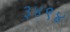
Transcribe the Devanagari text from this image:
३४९४